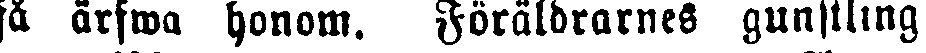
så ärfwa honom. Föräldrarnes gunstling